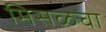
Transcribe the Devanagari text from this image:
मिसळचा